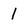
Character: 1